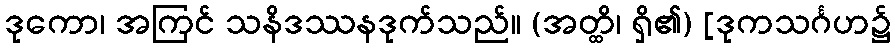
ဒုကော၊ အကြင် သနိဒဿနဒုက်သည်။ (အတ္ထိ၊ ရှိ၏) [ဒုကသင်္ဂဟ၌